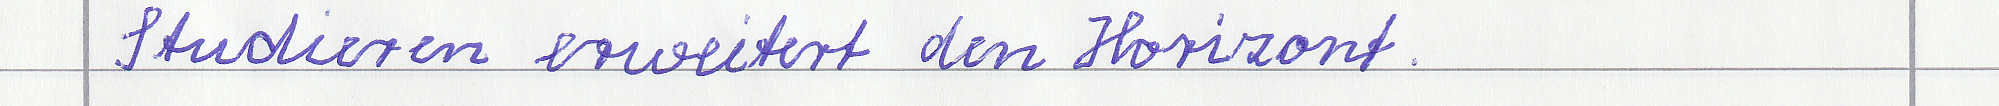
Studieren erweitert den Horizont.